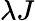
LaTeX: \lambda J